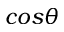
c o s \theta